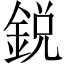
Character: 鋭